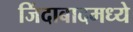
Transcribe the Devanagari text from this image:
जिंदाबादमध्ये